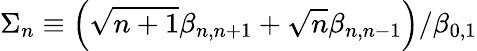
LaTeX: \Sigma_{n}\equiv\left(\sqrt{n+1}\beta_{n,n+1}+\sqrt{n}\beta_{n,n-1}\right)/\beta_{0,1}